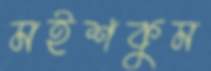
মইশকুম